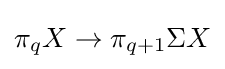
\pi _{q}X\to \pi _{q+1}\Sigma X